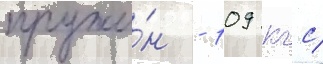
пружи́н - 109 кгс/